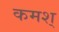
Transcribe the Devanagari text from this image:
कमश्